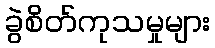
ခွဲစိတ်ကုသမှုများ